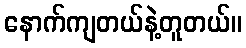
နောက်ကျတယ်နဲ့တူတယ်။